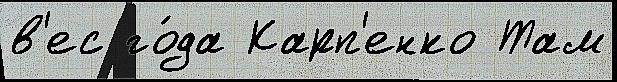
в'ес го́да Карп'енко Там